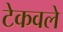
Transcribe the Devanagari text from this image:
टेकवले